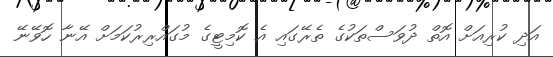
އަދި ކުރިއަށް އޮތް ދުވަސްތަކުގެ ތެރޭގައި އެ ކޮމިޓީގެ މުގައްރިރުކަމަށް އޭނާ ހޮވޭނޭ